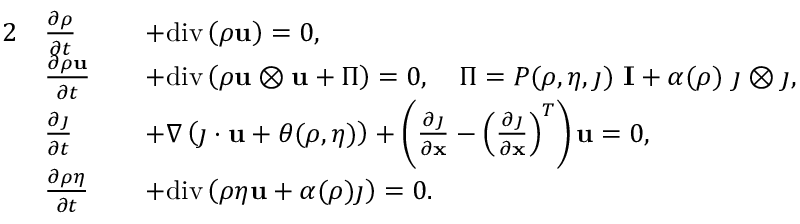
\begin{array} { r l r l } { { 2 } } & { \frac { \partial \rho } { \partial t } } & & { + \mathrm { d i v } \left( \rho \mathbf { u } \right) = 0 , } \\ & { \frac { \partial \rho \mathbf { u } } { \partial t } } & & { + \mathrm { d i v } \left( \rho \mathbf { u } \otimes \mathbf { u } + \Pi \right) = 0 , \quad \Pi = P ( \rho , \eta , \j ) \ \mathbf { I } + \alpha ( \rho ) \ \j \otimes \j , } \\ & { \frac { \partial \j } { \partial t } } & & { + \nabla \left( \j \cdot \mathbf { u } + \theta ( \rho , \eta ) \right) + \left( \frac { \partial \j } { \partial \mathbf { x } } - \left( \frac { \partial \j } { \partial \mathbf { x } } \right) ^ { T } \right) \mathbf { u } = 0 , } \\ & { \frac { \partial \rho \eta } { \partial t } } & & { + \mathrm { d i v } \left( \rho \eta \mathbf { u } + \alpha ( \rho ) \j \right) = 0 . } \end{array}